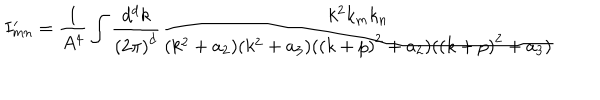
LaTeX: I _ { m n } ^ { \prime } = \frac { 1 } { A ^ { 4 } } \int \frac { d ^ { d } k } { { ( 2 \pi ) } ^ { d } } \frac { k ^ { 2 } k _ { m } k _ { n } } { ( k ^ { 2 } + a _ { 2 } ) ( k ^ { 2 } + a _ { 3 } ) ( { ( k + p ) } ^ { 2 } + a _ { 2 } ) ( { ( k + p ) } ^ { 2 } + a _ { 3 } ) }